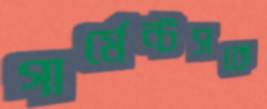
গার্মেন্টসকে